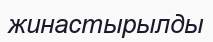
жинастырылды